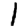
Digit: 1